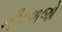
નીકળજો